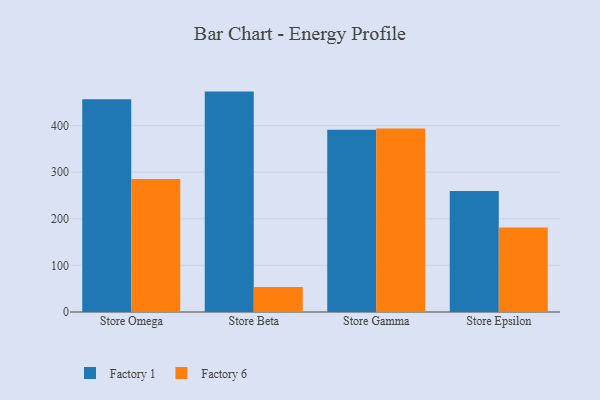
{"axis": {"x": "Store", "y": "Bounce Rate (%)"}, "legend": ["Factory 1", "Factory 6"], "data": [{"x": "Store Omega", "y": 456.3, "type": "Factory 1"}, {"x": "Store Omega", "y": 285.2, "type": "Factory 6"}, {"x": "Store Beta", "y": 472.9, "type": "Factory 1"}, {"x": "Store Beta", "y": 53.9, "type": "Factory 6"}, {"x": "Store Gamma", "y": 391.1, "type": "Factory 1"}, {"x": "Store Gamma", "y": 393.5, "type": "Factory 6"}, {"x": "Store Epsilon", "y": 259.8, "type": "Factory 1"}, {"x": "Store Epsilon", "y": 181.4, "type": "Factory 6"}]}